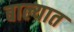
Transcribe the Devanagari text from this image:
बाल्यात